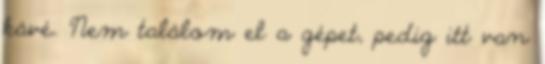
kávé. Nem találom el a gépet, pedig itt van